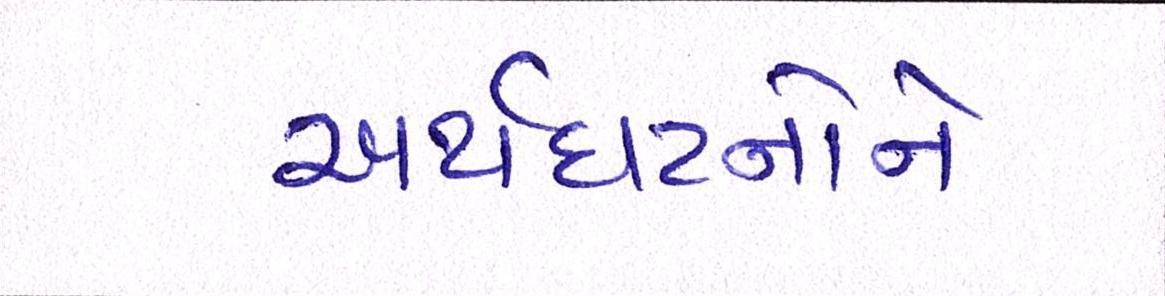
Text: અર્થઘટનોને